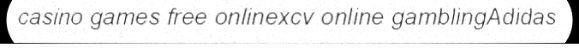
casino games free onlinexcv online gamblingAdidas